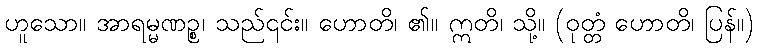
ဟူသော။ အာရမ္မဏဉ္စ၊ သည်၎င်း။ ဟောတိ၊ ၏။ ဣတိ၊ သို့။ (ဝုတ္တံ ဟောတိ၊ ပြန်။)